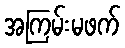
အကြမ်းမဖက်